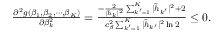
\begin{array} { r } { \frac { \partial ^ { 2 } g ( \beta _ { 1 } , \beta _ { 2 } , \cdots , \beta _ { K } ) } { \partial \beta _ { k } ^ { 2 } } = \frac { - \frac { 2 } { | \tilde { h } _ { k } | ^ { 2 } } \sum _ { k ^ { \prime } = 1 } ^ { K } | \tilde { h } _ { k ^ { \prime } } | ^ { 2 } + 2 } { c _ { \beta } ^ { 2 } \sum _ { k ^ { \prime } = 1 } ^ { K } | \tilde { h } _ { k ^ { \prime } } | ^ { 2 } \ln 2 } \leq 0 . } \end{array}